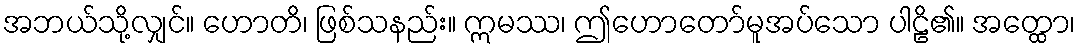
အဘယ်သို့လျှင်။ ဟောတိ၊ ဖြစ်သနည်း။ ဣမဿ၊ ဤဟောတော်မူအပ်သော ပါဠိ၏။ အတ္ထော၊